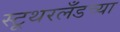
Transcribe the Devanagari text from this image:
स्टूथरलँडच्या